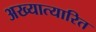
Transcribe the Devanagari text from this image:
अख्यात्यारित